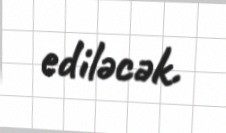
ediləcək.